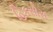
હિકસોસ